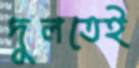
দুলতেই